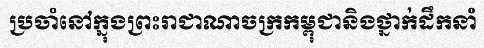
ប្រចាំនៅក្នុងព្រះរាជាណាចក្រកម្ពុជានិងថ្នាក់ដឹកនាំ